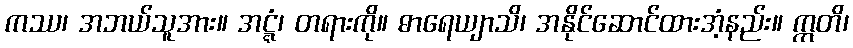
ကဿ၊ အဘယ်သူအား။ အဋ္ဋံ၊ တရားကို။ ဓာရေယျာသိ၊ အနိုင်ဆောင်ထားအံ့နည်း။ ဣတိ၊